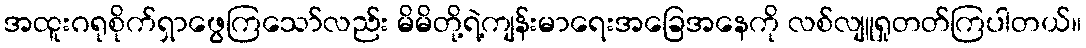
အထူးဂရုစိုက်ရှာဖွေကြသော်လည်း မိမိတို့ရဲ့ကျန်းမာရေးအခြေအနေကို လစ်လျူရှုတတ်ကြပါတယ်။